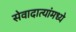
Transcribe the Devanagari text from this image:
सेवादात्यांमध्ये